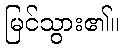
မြင်သွား၏။